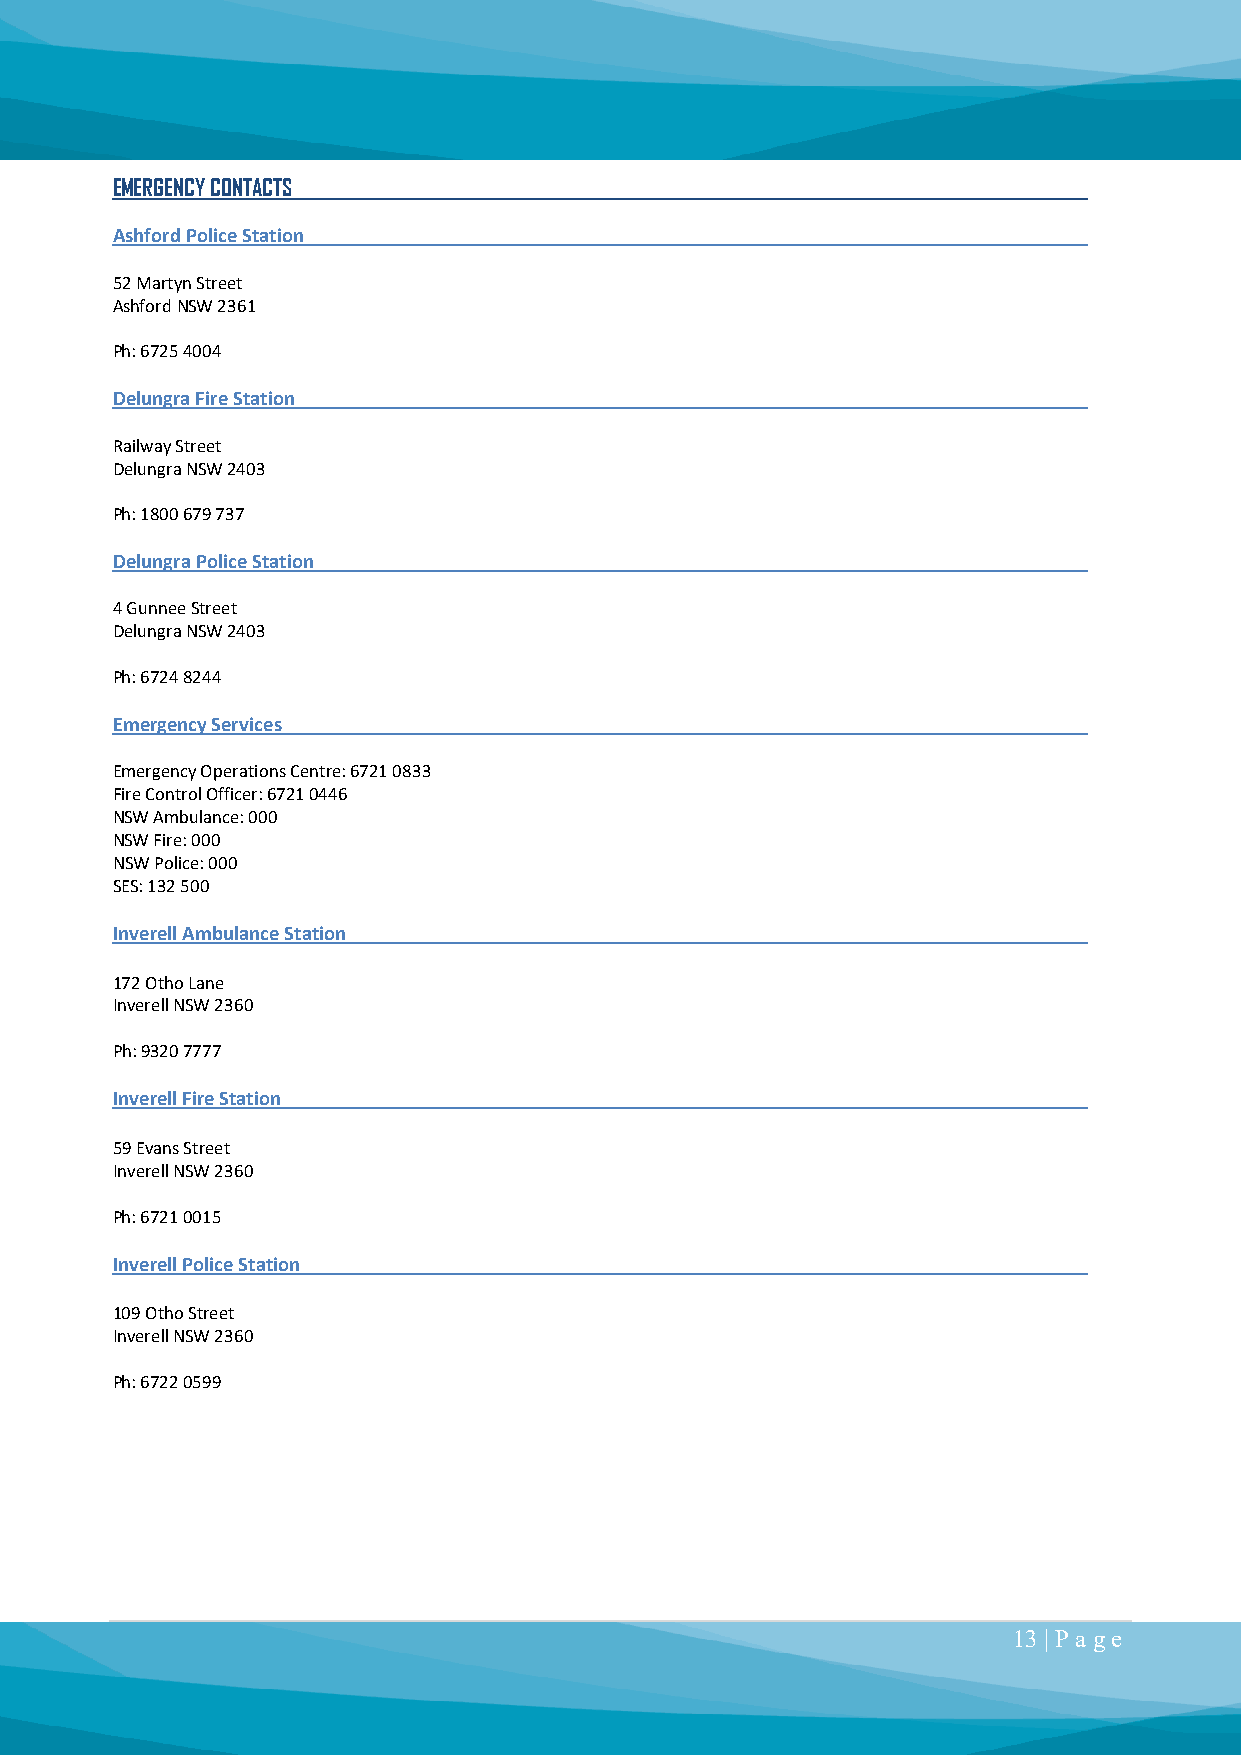
EMERGENCY CONTACTS
 Ashford Police Station
 52 Martyn Street
 Ashford NSW 2361
 Ph: 6725 4004
 Delungra Fire Station
 Railway Street
 Delungra NSW 2403
 Ph: 1800 679 737
 Delungra Police Station
 4 Gunnee Street
 Delungra NSW 2403
 Ph: 6724 8244
 Emergency Services
 Emergency Operations Centre: 6721 0833
 Fire Control Officer: 6721 0446
 NSW Ambulance: 000
 NSW Fire: 000
 NSW Police: 000
 SES: 132 500
 Inverell Ambulance Station
 172 Otho Lane
 Inverell NSW 2360
 Ph: 9320 7777
 Inverell Fire Station
 59 Evans Street
 Inverell NSW 2360
 Ph: 6721 0015
 Inverell Police Station
 109 Otho Street
 Inverell NSW 2360
 Ph: 6722 0599
 13 | P a ge